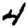
Digit: 4